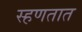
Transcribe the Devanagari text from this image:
स्हणतात